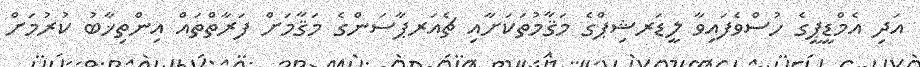
އަދި އެމްޑީޕީގެ ހުސްވެފައިވާ ލީޑަރޝިޕްގެ މަޤާމުތަކަށާއި ޗެއަރޕާސަންގެ މަޤާމަށް ފަރާތްތައް އިންތިޚާބު ކުރުމަށް